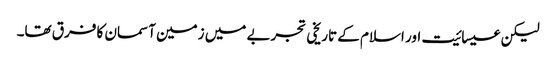
لیکن عیسائیت اور اسلام کے تاریخی تجربے میں زمین آسمان کا فرق تھا۔